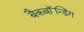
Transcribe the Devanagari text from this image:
बैकबॉंन्डिंग